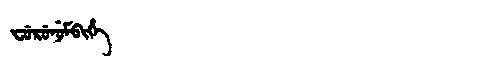
Manchu: ᠸᡠᡵᡠᠨᡠᠮᠪᡳᡥᡝ
Romanization: FURUNUMBIHE